NAE_ERA_R-2324_Eesti_Vabariigi_Pohiseaduslik_Assamblee, lk 145
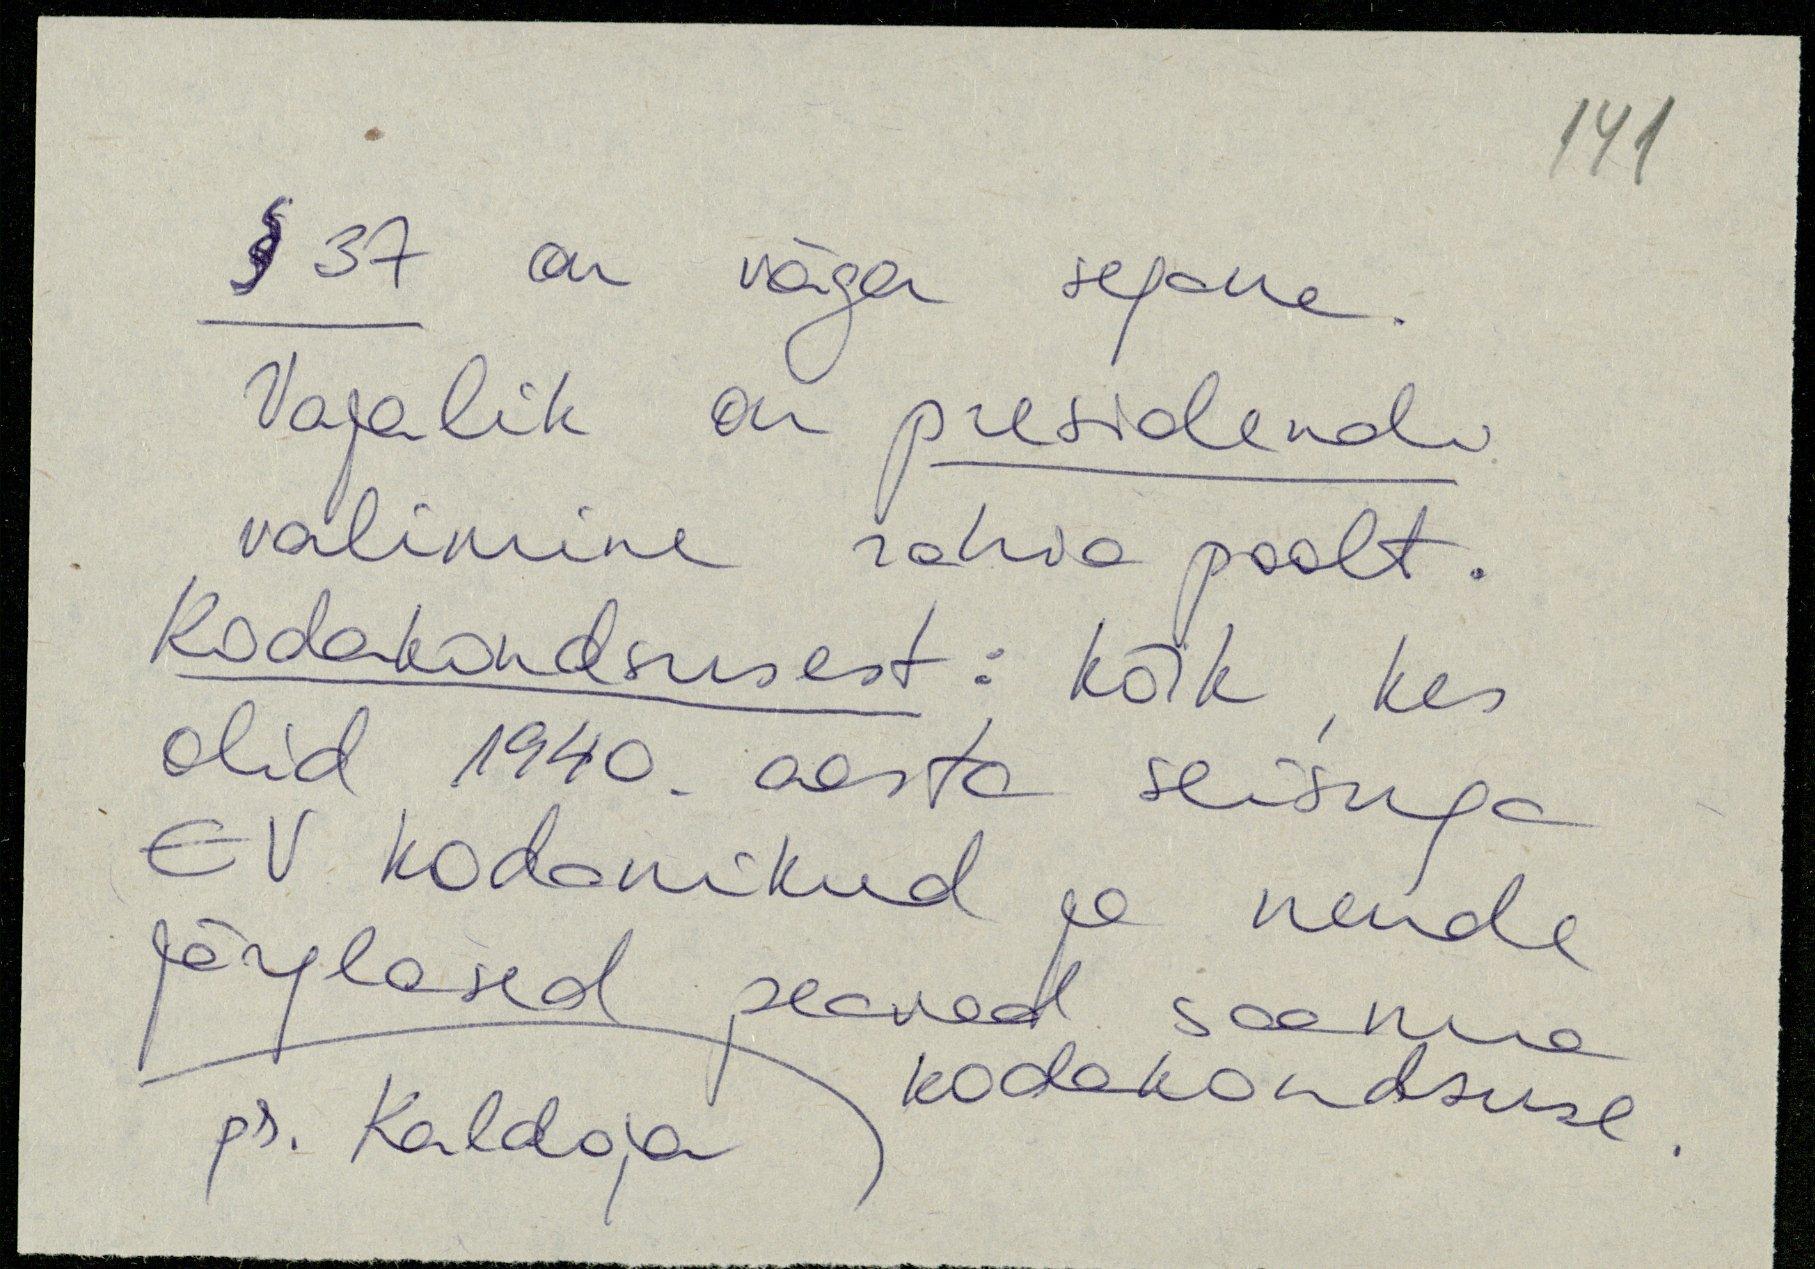
§ 37 on väga segane.
Vajalik on presidendi
valimine rahva poolt.
Kodakondsusest: kõik kes
olid 1940. aasta seisuga
EV kodanikud ja nende
järglased peavad saama
kodakondsuse.
pr. Kaldoja